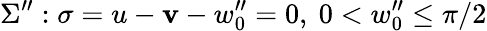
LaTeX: \Sigma^{\prime\prime}:\sigma=u-\mathbf{v}-w_{0}^{\prime\prime}=0,~0<w_{0}^{\prime\prime}\leq\pi/2